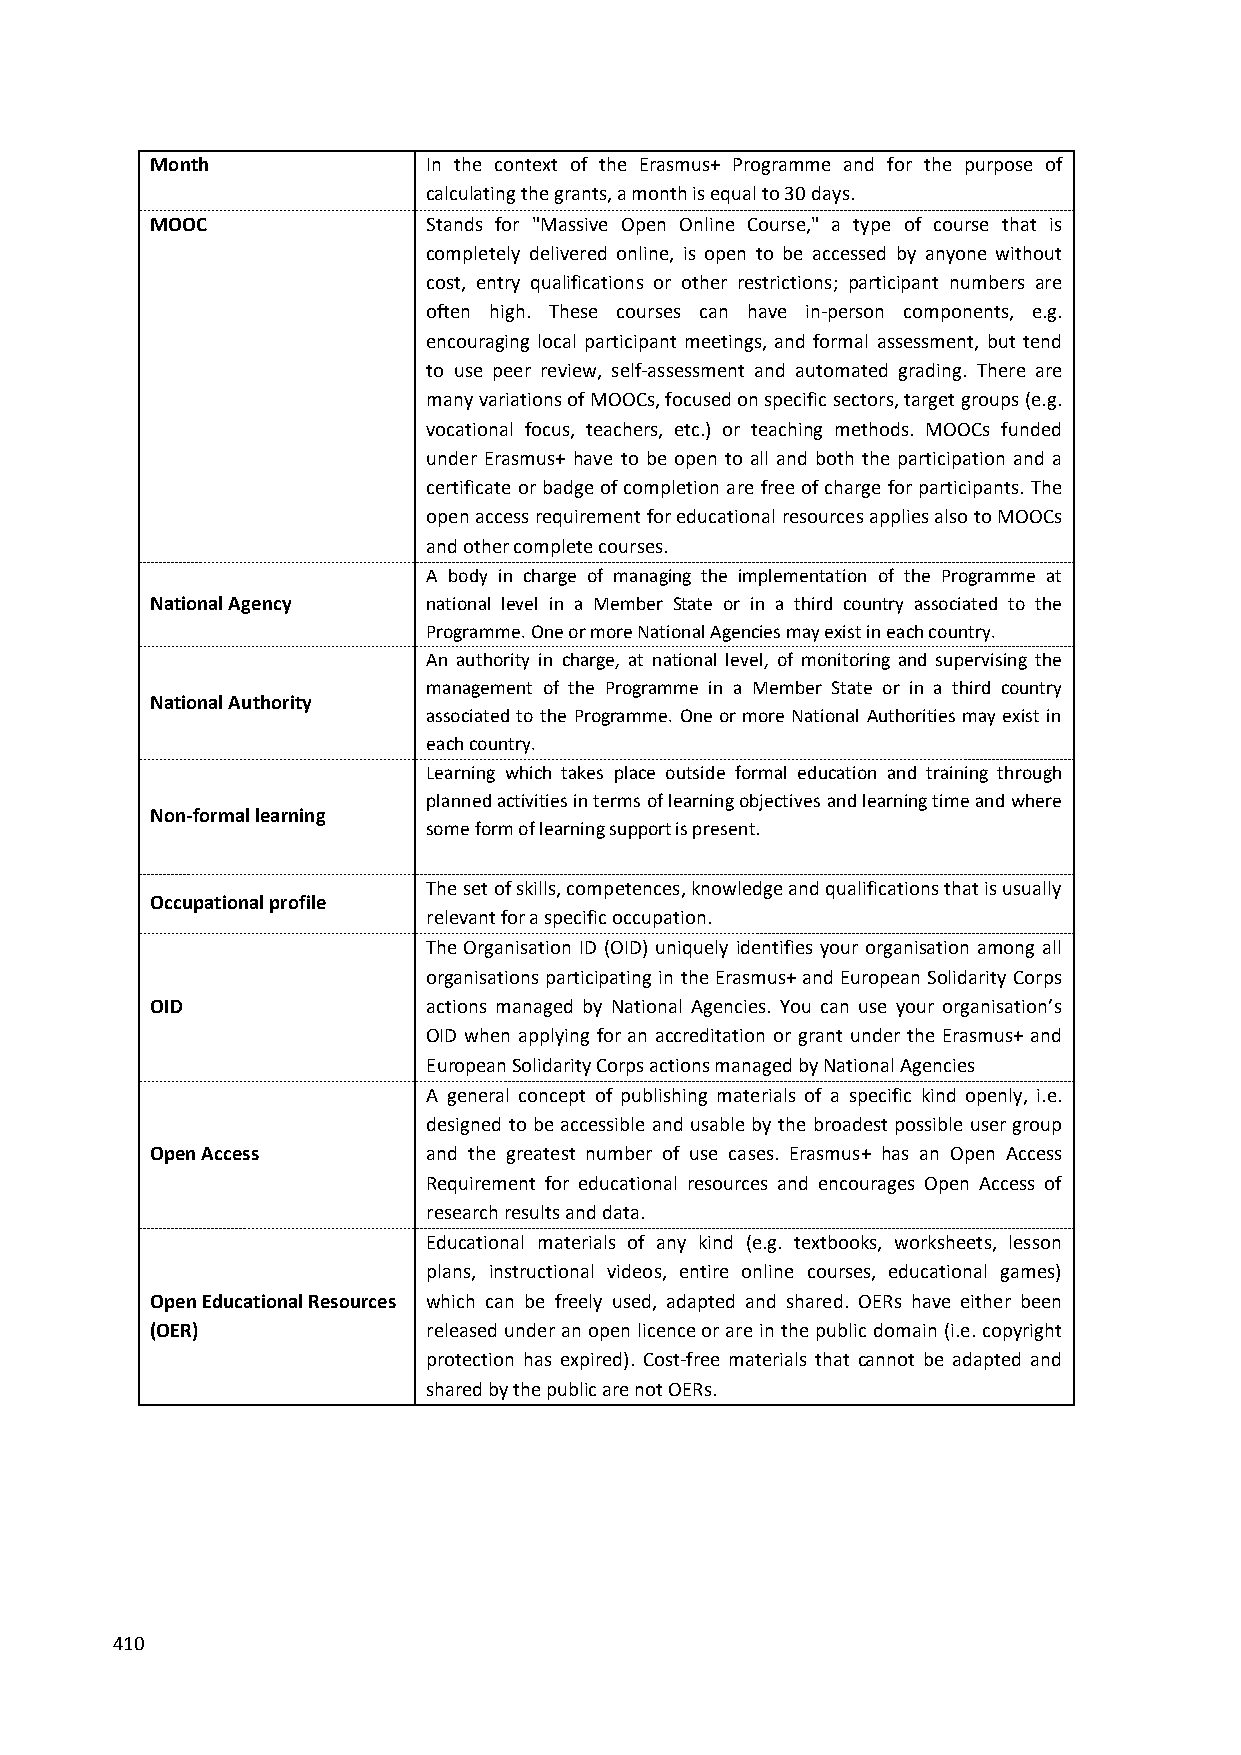
Month             In the context of the Erasmus+ Programme and for the purpose of
 calculating the grants, a month is equal to 30 days.
 MOOC              Stands for "Massive Open Online Course," a type of course that is
 completely delivered online, is open to be accessed by anyone without
 cost, entry qualifications or other restrictions; participant numbers are
 often high. These courses can have in-person components, e.g.
 encouraging local participant meetings, and formal assessment, but tend
 to use peer review, self-assessment and automated grading. There are
 many variations of MOOCs, focused on specific sectors, target groups (e.g.
 vocational focus, teachers, etc.) or teaching methods. MOOCs funded
 under Erasmus+ have to be open to all and both the participation and a
 certificate or badge of completion are free of charge for participants. The
 open access requirement for educational resources applies also to MOOCs
 and other complete courses.
 A body in charge of managing the implementation of the Programme at
 National Agency   national level in a Member State or in a third country associated to the
 Programme. One or more National Agencies may exist in each country.
 An authority in charge, at national level, of monitoring and supervising the
 management of the Programme in a Member State or in a third country
 National Authority
 associated to the Programme. One or more National Authorities may exist in
 each country.
 Learning which takes place outside formal education and training through
 planned activities in terms of learning objectives and learning time and where
 Non-formal learning
 some form of learning support is present.
 The set of skills, competences, knowledge and qualifications that is usually
 Occupational profile
 relevant for a specific occupation.
 The Organisation ID (OID) uniquely identifies your organisation among all
 organisations participating in the Erasmus+ and European Solidarity Corps
 OID               actions managed by National Agencies. You can use your organisation’s
 OID when applying for an accreditation or grant under the Erasmus+ and
 European Solidarity Corps actions managed by National Agencies
 A general concept of publishing materials of a specific kind openly, i.e.
 designed to be accessible and usable by the broadest possible user group
 Open Access       and the greatest number of use cases. Erasmus+ has an Open Access
 Requirement for educational resources and encourages Open Access of
 research results and data.
 Educational materials of any kind (e.g. textbooks, worksheets, lesson
 plans, instructional videos, entire online courses, educational games)
 Open Educational Resources which can be freely used, adapted and shared. OERs have either been
 (OER)             released under an open licence or are in the public domain (i.e. copyright
 protection has expired). Cost-free materials that cannot be adapted and
 shared by the public are not OERs.
 410